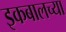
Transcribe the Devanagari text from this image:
इकबालच्या